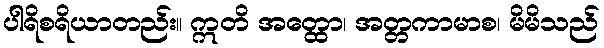
ပါရိစရိယာတည်း။ ဣတိ အတ္ထော၊ အတ္တကာမာစ၊ မိမိသည်